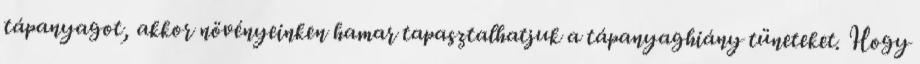
tápanyagot, akkor növényeinken hamar tapasztalhatjuk a tápanyaghiány tüneteket. Hogy